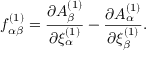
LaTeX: f _ { \alpha \beta } ^ { ( 1 ) } = { \frac { \partial A _ { \beta } ^ { ( 1 ) } } { \partial \xi _ { \alpha } ^ { ( 1 ) } } } - { \frac { \partial A _ { \alpha } ^ { ( 1 ) } } { \partial \xi _ { \beta } ^ { ( 1 ) } } } .